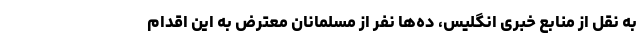
به نقل از منابع خبری انگلیس، ده‌ها نفر از مسلمانان معترض به این اقدام